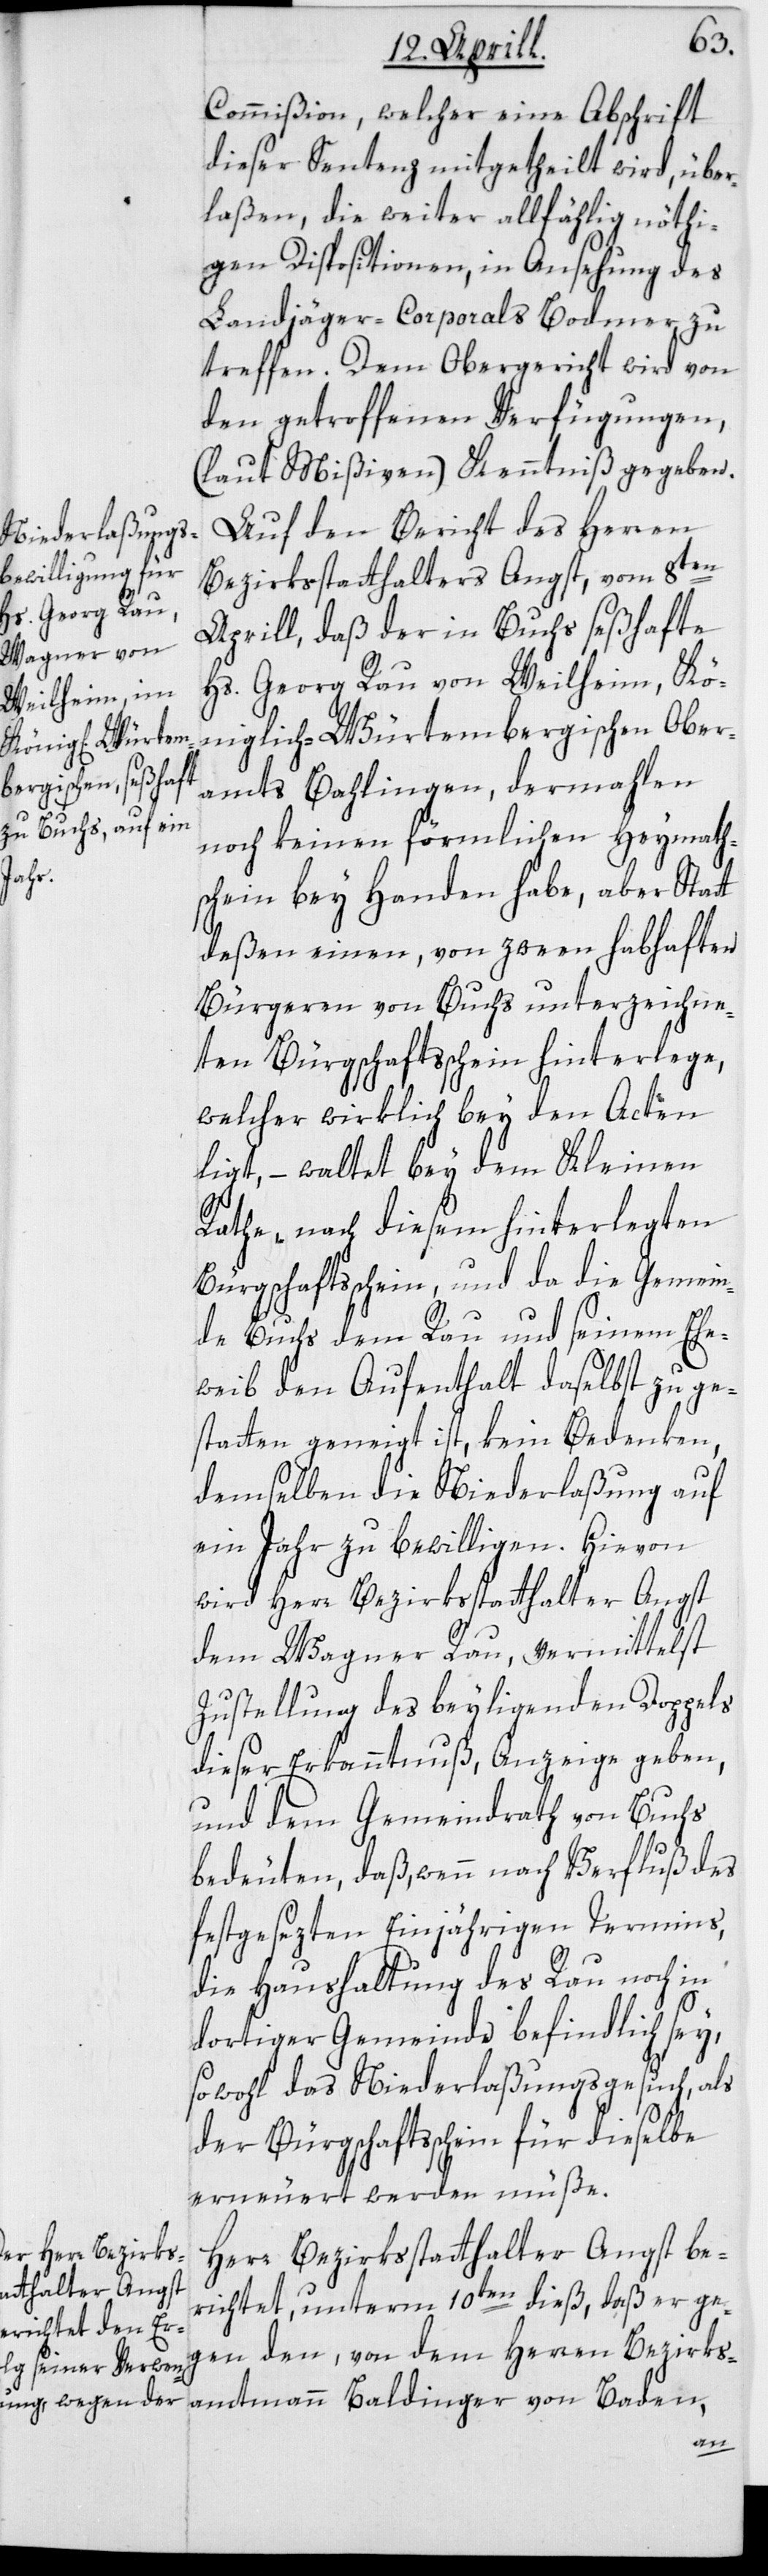
Commißion, welcher eine Abschrift
dieser Sentenz mitgetheilt wird, über¬
laßen, die weiter allfählig nöthi¬
gen Dispositionen, in Ansehung des
Landjäger-Corporals Bodmer zu
treffen. Dem Obergericht wird von
den getroffenen Verfügungen,
(laut Mißiven) Kenntniß gegeben.
Auf den Bericht des Herren
Bezirksstatthalters Angst vom 8ten
Aprill, daß der in Buchs seßhafte
Hs. Georg Rau von Weilheim, Kö¬
niglich-Würtembergischen Ober¬
amts Bahlingen, dermahlen
noch keinen förmlichen Heymath¬
schein bey Handen habe, aber Statt
deßen einen, von zween habhaften
Bürgeren von Buchs unterzeichne¬
ten Bürgschaftsschein hinterlege,
welcher wirklich bey den Acten
liegt, – waltet bey dem Kleinen
Rathe, nach diesem hinterlegten
Bürgschaftsschein, und da die Gemein¬
de Buchs dem Rau und seinem Ehe¬
weib den Aufenthalt daselbst zu ge¬
statten geneigt ist, kein Bedenken,
demselben die Niederlaßung auf
ein Jahr zu bewilligen. Hievon
wird Herr Bezirksstatthalter Angst
dem Wagner Rau, vermittelst
Zustellung des beyliegenden Doppels
dieser Erkanntnuß, Anzeige geben,
und dem Gemeindrath von Buchs
bedeuten, daß wenn nach Verfluß des
festgesezten Einjährigen Termins,
die Haushaltung des Rau noch in
dortiger Gemeinde befindlich sey,
sowohl das Niederlaßungsgesuch, als
der Bürgschaftsschein für dieselbe
erneuert werden müße.
Herr Bezirksstatthalter Angst be¬
richtet, unterm 10ten dieß, daß er ge¬
gen den, von dem Herren Bezirks¬
amtmann Baldinger von Baden,